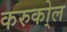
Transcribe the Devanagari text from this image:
करुको्ल